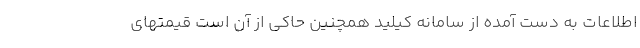
اطلاعات به دست آمده از سامانه کیلید همچنین حاکی از آن است قیمتهای